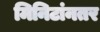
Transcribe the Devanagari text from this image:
मिनिटांनतर